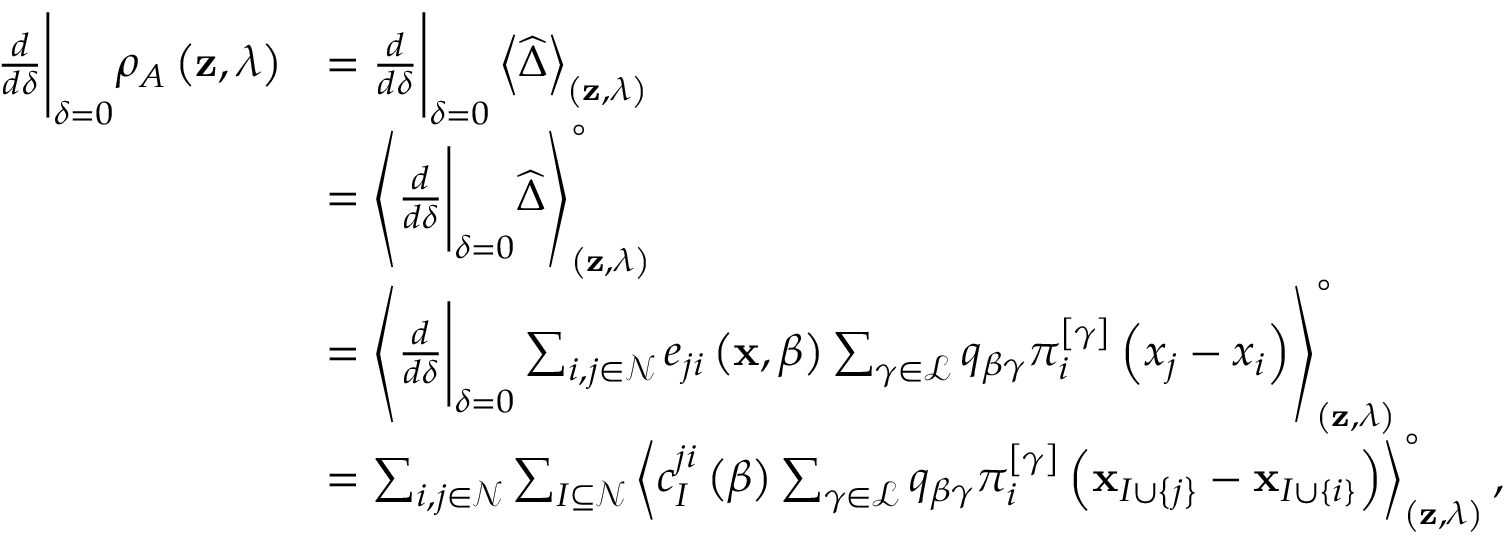
\begin{array} { r l } { \frac { d } { d \delta } \Bigg \vert _ { \delta = 0 } \rho _ { A } \left( \mathbf { z } , \lambda \right) } & { = \frac { d } { d \delta } \Bigg \vert _ { \delta = 0 } \left< \widehat { \Delta } \right> _ { \left( \mathbf { z } , \lambda \right) } } \\ & { = \left< \frac { d } { d \delta } \Bigg \vert _ { \delta = 0 } \widehat { \Delta } \right> _ { \left( \mathbf { z } , \lambda \right) } ^ { \circ } } \\ & { = \left< \frac { d } { d \delta } \Bigg \vert _ { \delta = 0 } \sum _ { i , j \in \mathcal { N } } e _ { j i } \left( \mathbf { x } , \beta \right) \sum _ { \gamma \in \mathcal { L } } q _ { \beta \gamma } \pi _ { i } ^ { \left[ \gamma \right] } \left( x _ { j } - x _ { i } \right) \right> _ { \left( \mathbf { z } , \lambda \right) } ^ { \circ } } \\ & { = \sum _ { i , j \in \mathcal { N } } \sum _ { I \subseteq \mathcal { N } } \left< c _ { I } ^ { j i } \left( \beta \right) \sum _ { \gamma \in \mathcal { L } } q _ { \beta \gamma } \pi _ { i } ^ { \left[ \gamma \right] } \left( \mathbf { x } _ { I \cup \left\{ j \right\} } - \mathbf { x } _ { I \cup \left\{ i \right\} } \right) \right> _ { \left( \mathbf { z } , \lambda \right) } ^ { \circ } , } \end{array}